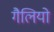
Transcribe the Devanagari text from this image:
गैलियो